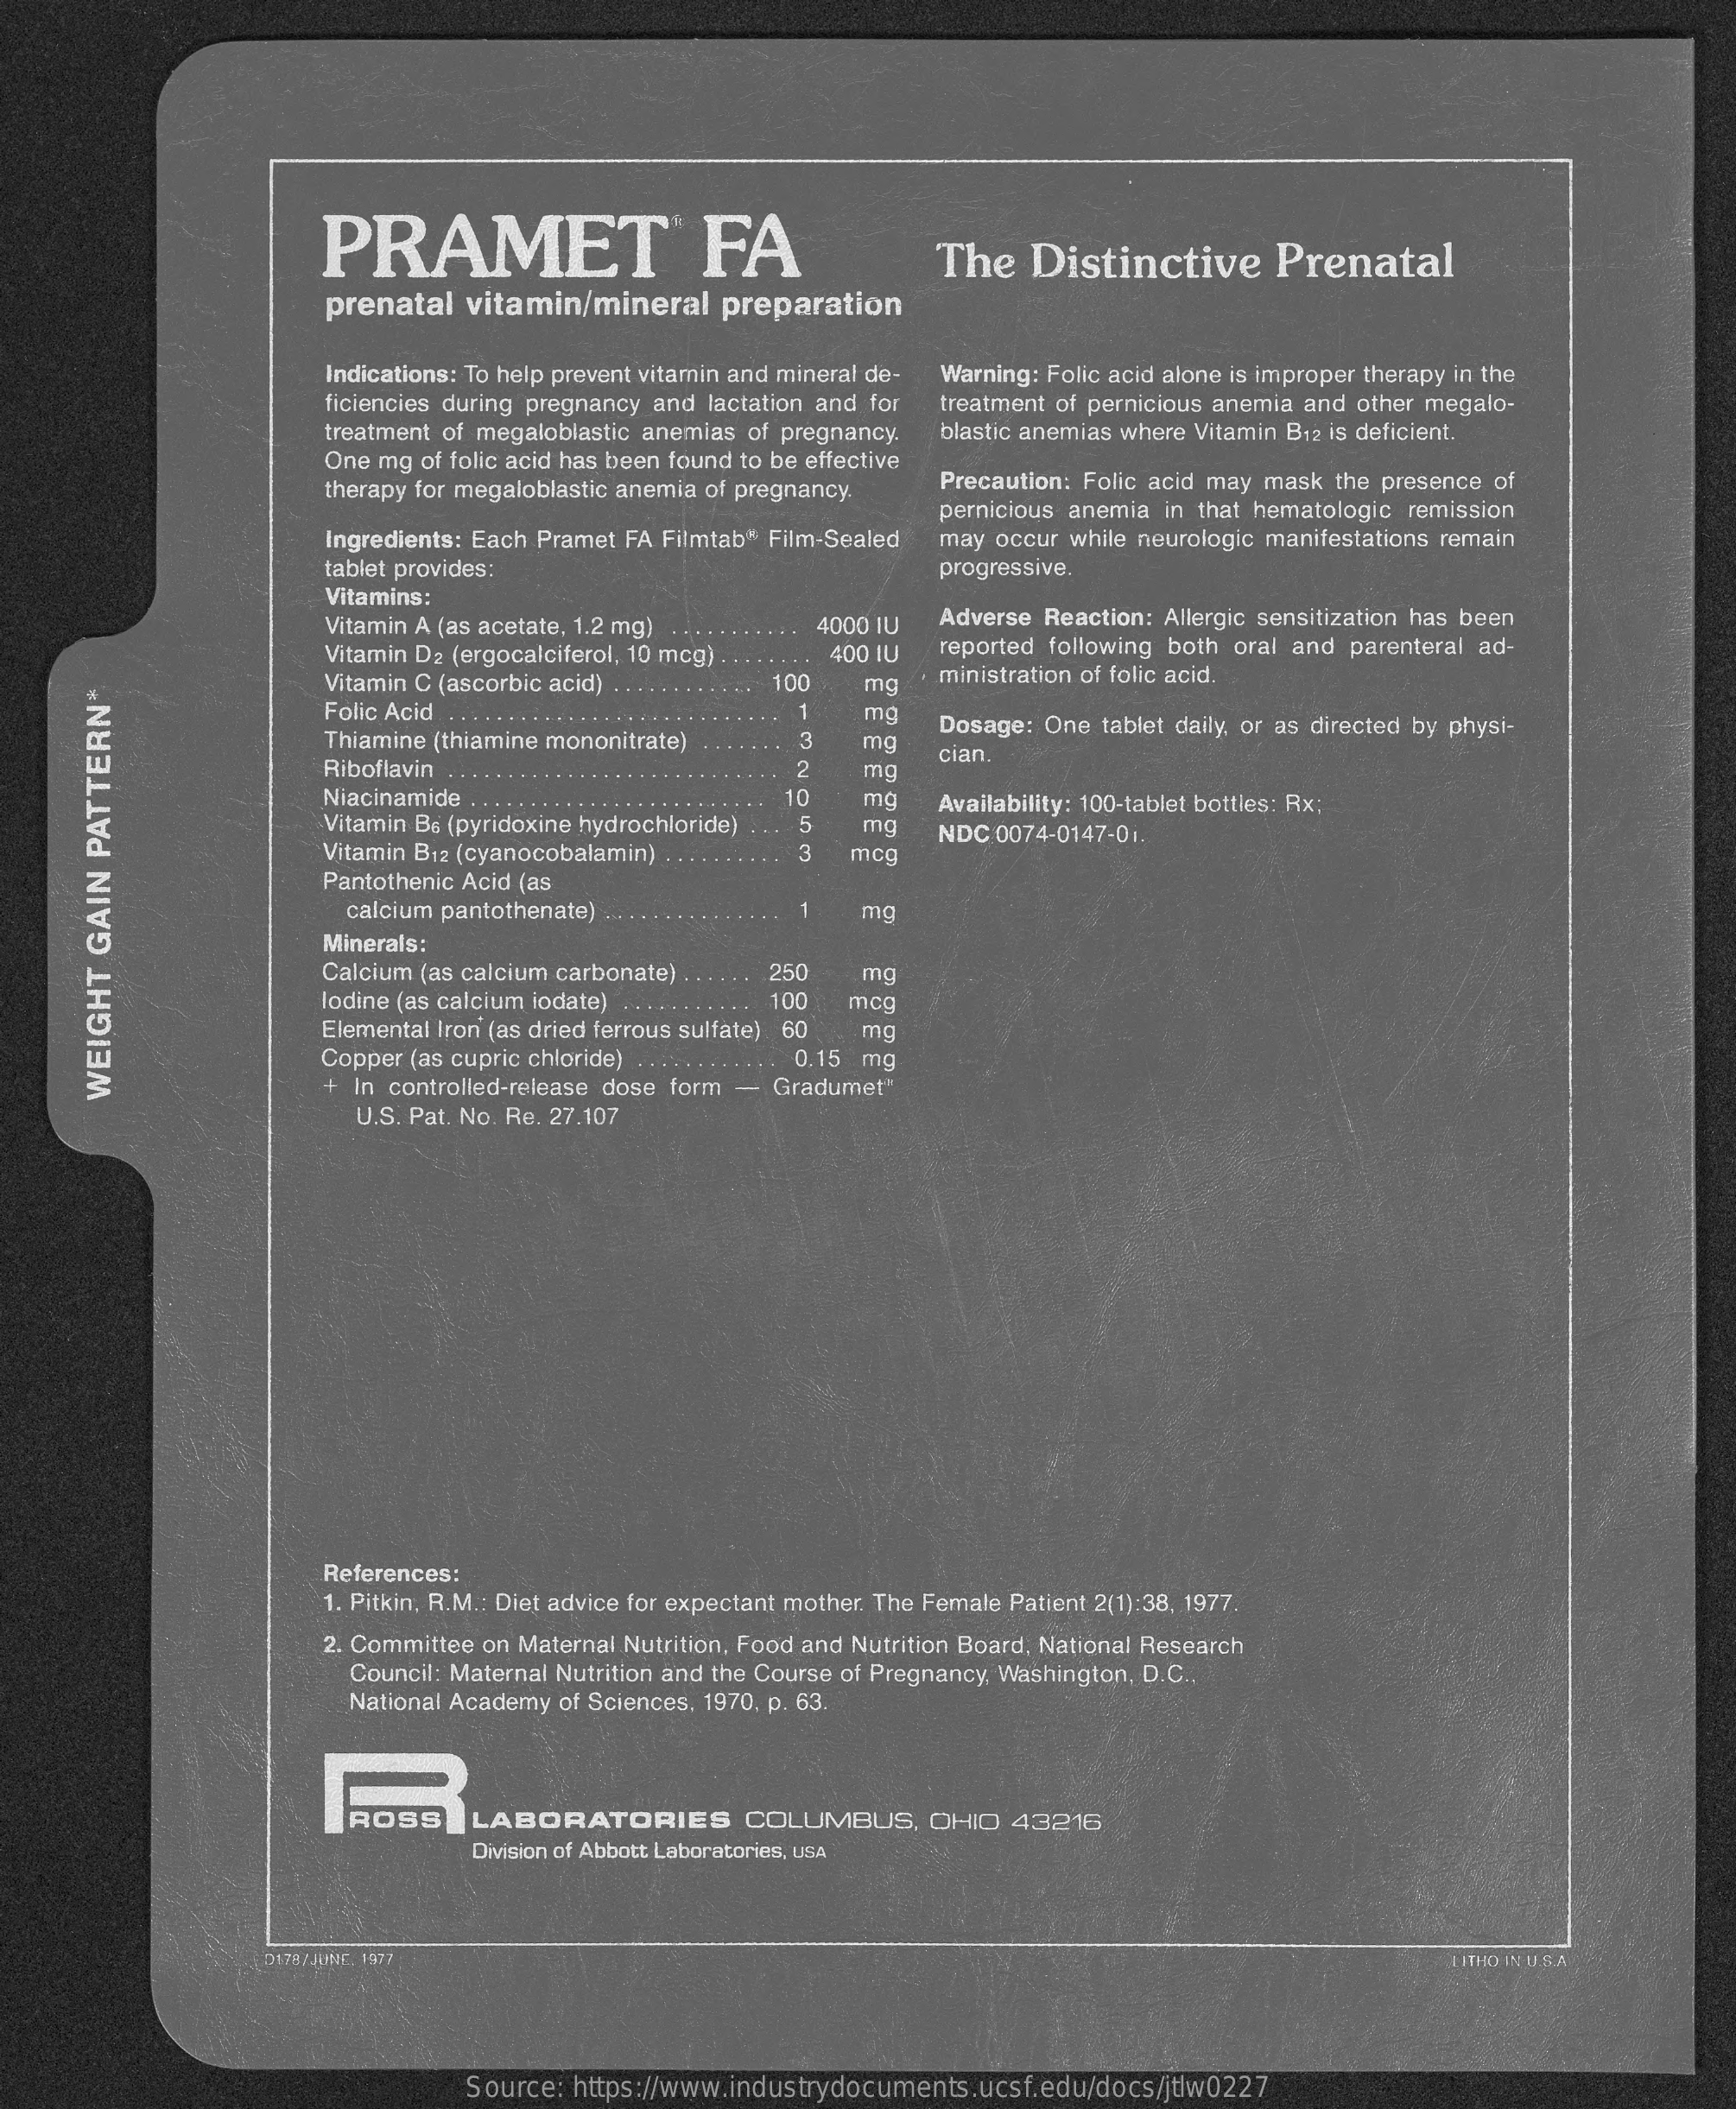
PRAMET    FA    The   Distinctive    Prenatal
     prenatal   vitamin/mineral    preparation
     Indications: To help prevent vitamin and mineral de- Warning: Folic acid alone is improper therapy in the
     ficiencies during pregnancy and lactation and for treatment of pernicious anemia and other megalo-
     treatment of megaloblastic anemias of pregnancy.
     One mg of folic acid has been found to be effective
     blastic anemias where Vitamin B12 is deficient.
     therapy for megaloblastic anemia of pregnancy. Precaution: Folic acid may mask the presence of
     Ingredients: Each Pramet FA Filmtab* Film-Sealed
     pernicious anemia in that hematologic remission
     may occur while neurologic manifestations remain
     tablet provides:    progressive.
     Vitamins:
     Vitamin A (as acetate, 1.2 mg)    4000 IU  Adverse Reaction: Allergic sensitization has been
     Vitamin D2 (ergocalciferol, 10 mcg).  400 IU  reported following both oral and parenteral ad-
     Vitamin C (ascorbic acid) . . .. 100
     Folic Acid .. . . . . . . . .
     mg
     ministration of folic acid.
     1   mg
     Thiamine (thiamine mononitrate)
     ........
     mg
     Dosage: One tablet daily, or as directed by physi-
     Riboflavin . . . . .    22   mg
     cian.
     Niacinamide . ... . .. . . ... .   10   mq
     Vitamin B6 (pyridoxine hydrochloride) . ..
     Availability: 100-tablet bottles: Rx;
     5
     Vitamin B12 (cyanocobalamin)    3
     mg
     mcg
     NDC 0074-0147-01.
     Pantothenic Acid (as
     calcium pantothenate) .    mg
     Minerals:
     Calcium (as calcium carbonate) . . . . 250 mg
     lodine (as calcium iodate) . ... . . 100 mcg
     Elemental Iron (as dried ferrous sulfate) 60 mg
     Copper (as cupric chloride)    0.15 mg
     + In controlled-release dose form - Gradumet"
     U.S. Pat. No. Re. 27.107
     WEIGHT
     GAIN
     PATTERN*
     References:
     1. Pitkin, R.M .: Diet advice for expectant mother. The Female Patient 2(1):38, 1977.
     2. Committee on Maternal Nutrition, Food and Nutrition Board, National Research
     Council: Maternal Nutrition and the Course of Pregnancy, Washington, D.C .,
     National Academy of Sciences. 1970, p. 63.
     ROSS    LABORATORIES    COLUMBUS,    OHIO   43216
     Division of Abbott Laboratories, USA
     DI78/JUNE. 1977    LITHO IN U.S.A
     Source: https://www.industrydocuments.ucsf.edu/docs/jtlw0227